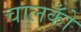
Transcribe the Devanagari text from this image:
चालकोँ